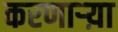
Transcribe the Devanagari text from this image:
करणार्‍य़ा